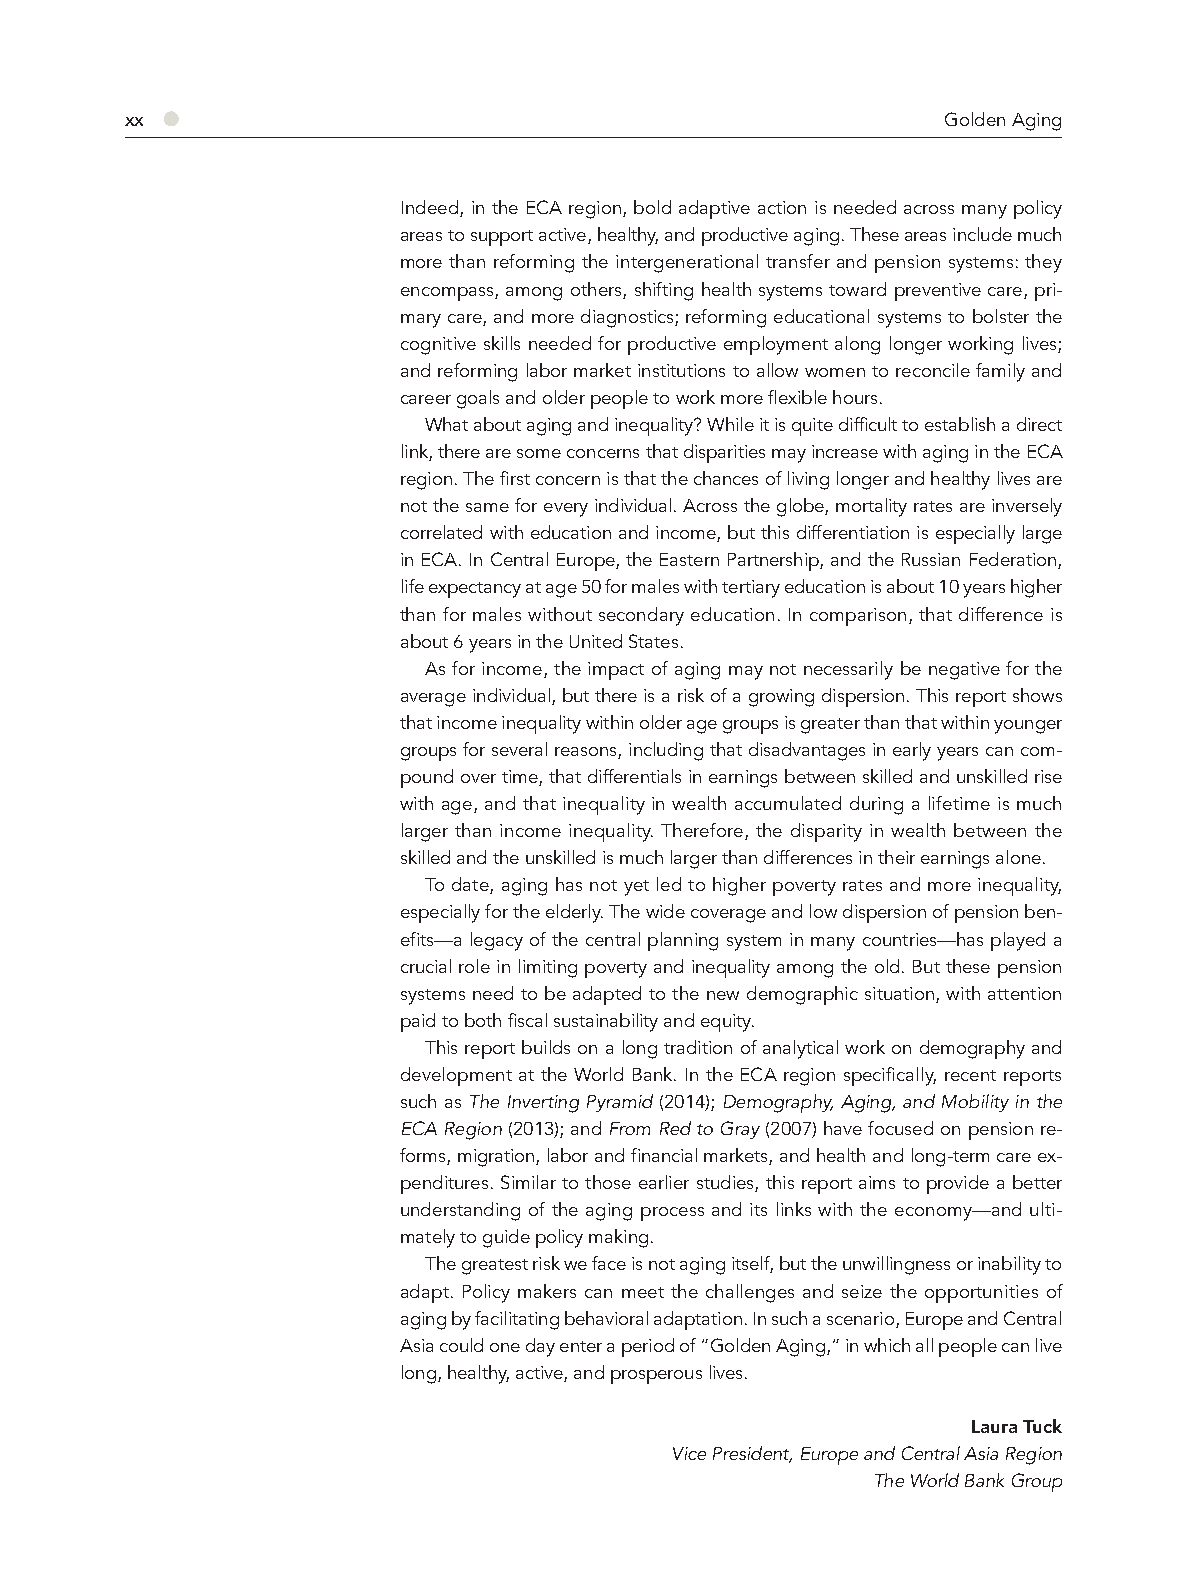
xx ●                                                   Golden Aging
 Indeed, in the ECA region, bold adaptive action is needed across many policy
 areas to support active, healthy, and productive aging. These areas include much
 more than reforming the intergenerational transfer and pension systems: they
 encompass, among others, shifting health systems toward preventive care, pri-
 mary care, and more diagnostics; reforming educational systems to bolster the
 cognitive skills needed for productive employment along longer working lives;
 and reforming labor market institutions to allow women to reconcile family and
 career goals and older people to work more flexible hours.
 What about aging and inequality? While it is quite difficult to establish a direct
 link, there are some concerns that disparities may increase with aging in the ECA
 region. The first concern is that the chances of living longer and healthy lives are
 not the same for every individual. Across the globe, mortality rates are inversely
 correlated with education and income, but this differentiation is especially large
 in ECA. In Central Europe, the Eastern Partnership, and the Russian Federation,
 life expectancy at age 50 for males with tertiary education is about 10 years higher
 than for males without secondary education. In comparison, that difference is
 about 6 years in the United States.
 As for income, the impact of aging may not necessarily be negative for the
 average individual, but there is a risk of a growing dispersion. This report shows
 that income inequality within older age groups is greater than that within younger
 groups for several reasons, including that disadvantages in early years can com-
 pound over time, that differentials in earnings between skilled and unskilled rise
 with age, and that inequality in wealth accumulated during a lifetime is much
 larger than income inequality. Therefore, the disparity in wealth between the
 skilled and the unskilled is much larger than differences in their earnings alone.
 To date, aging has not yet led to higher poverty rates and more inequality,
 especially for the elderly. The wide coverage and low dispersion of pension ben-
 efits—a legacy of the central planning system in many countries—has played a
 crucial role in limiting poverty and inequality among the old. But these pension
 systems need to be adapted to the new demographic situation, with attention
 paid to both fiscal sustainability and equity.
 This report builds on a long tradition of analytical work on demography and
 development at the World Bank. In the ECA region specifically, recent reports
 such as The Inverting Pyramid (2014); Demography, Aging, and Mobility in the
 ECA Region (2013); and From Red to Gray (2007) have focused on pension re-
 forms, migration, labor and financial markets, and health and long-term care ex-
 penditures. Similar to those earlier studies, this report aims to provide a better
 understanding of the aging process and its links with the economy—and ulti-
 mately to guide policy making.
 The greatest risk we face is not aging itself, but the unwillingness or inability to
 adapt. Policy makers can meet the challenges and seize the opportunities of
 aging by facilitating behavioral adaptation. In such a scenario, Europe and Central
 Asia could one day enter a period of “Golden Aging,” in which all people can live
 long, healthy, active, and prosperous lives.
 Laura Tuck
 Vice President, Europe and Central Asia Region
 The World Bank Group